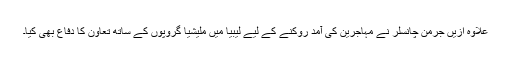
علاوہ ازیں جرمن چانسلر نے مہاجرین کی آمد روکنے کے لیے لیبیا میں ملیشیا گروپوں کے ساتھ تعاون کا دفاع بھی کیا۔